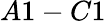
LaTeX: A1-C1